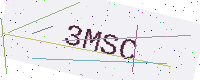
Text: 3MSC